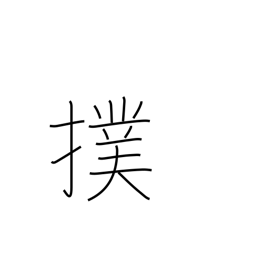
Meaning: slap